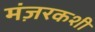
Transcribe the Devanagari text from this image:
मंज़रकशी